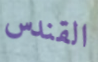
القندس